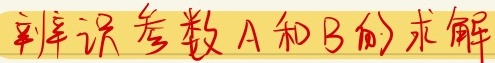
辨 识参数 A 和 B 的求解